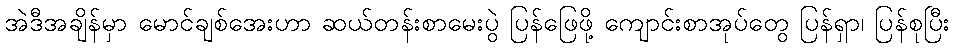
အဲဒီအချိန်မှာ မောင်ချစ်အေးဟာ ဆယ်တန်းစာမေးပွဲ ပြန်ဖြေဖို့ ကျောင်းစာအုပ်တွေ ပြန်ရှာ၊ ပြန်စုပြီး